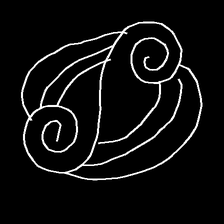
Glyph: wind-underfoot